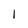
Character: 1